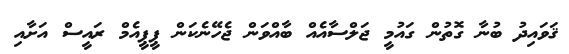
ޤަވައިދު ބުނާ ގޮތުން ގައުމީ ޖަލްސާއެއް ބާއްވަން ޖެހޭނެކަން ޕީޕީއެމް ރައީސް އަށާއި